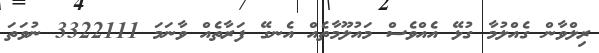
ރިލްވާން ގެއްލުމާ ގުޅޭ އެއްވެސް މައުލޫމާތެއް އެނގޭ ފަރާތެއް ވާނަމަ 3322111 ނުވަތަ